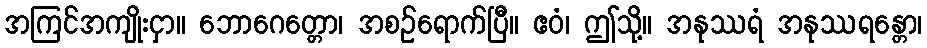
အကြင်အကျိုးငှာ။ ဘောဂေတ္တော၊ အစဉ်ရောက်ပြီ။ ဧဝံ၊ ဤသို့။ အနုဿရံ အနုဿရန္တော၊